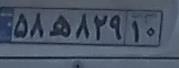
۵۸ه۸۲۹۱۰